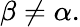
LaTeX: \beta\neq\alpha.